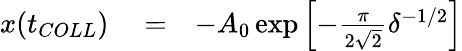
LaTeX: \begin{array}{rlr}{x(t_{COLL})}&{{}=}&{-A_{0}\exp\left[-\frac{\pi}{2\sqrt{2}}\delta^{-1/2}\right]}\end{array}